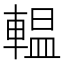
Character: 輼